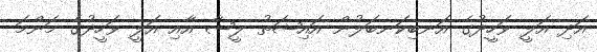
އަދި އަލީ ވަހީދުގެ އަނބިކަނބަލުން އައިޝަތު ލީޝާ އާއި އަލީ ވަހީދުގެ މަންމަ